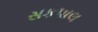
સકપાલ